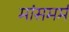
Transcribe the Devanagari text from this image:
मांसमर्म